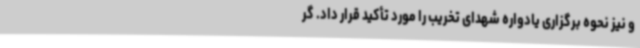
و نیز نحوه برگزاری یادواره شهدای تخریب را مورد تأکید قرار داد. گر